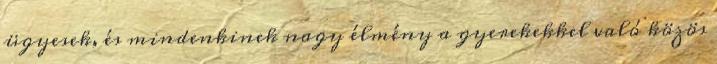
ügyesek, és mindenkinek nagy élmény a gyerekekkel való közös